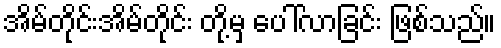
အိမ်တိုင်းအိမ်တိုင်း တို့မှ ပေါ်လာခြင်း ဖြစ်သည်။